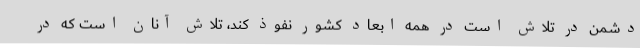
دشمن در تلاش است در همه ابعاد کشور نفوذ کند، تلاش آنان است که در